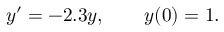
y ^ { \prime } = - 2 . 3 y , \qquad y ( 0 ) = 1 .